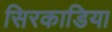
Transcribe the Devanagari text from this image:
सिरकाडिया